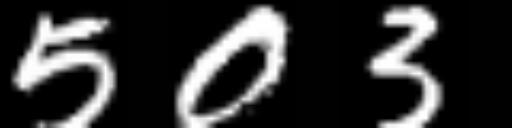
Text: 503